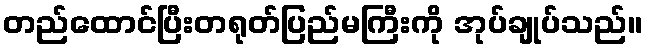
တည်ထောင်ပြီးတရုတ်ပြည်မကြီးကို အုပ်ချုပ်သည်။